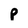
Character: p